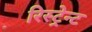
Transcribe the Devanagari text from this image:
रिस्ट्रेन्ट